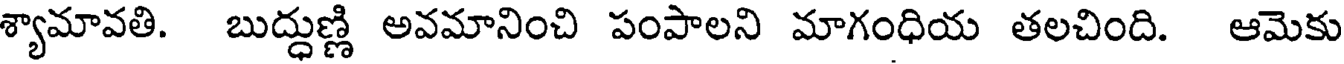
శ్యామావతి. బుద్ధుణ్ణి అవమానించి పంపాలని మాగంధియ తలచింది. ఆమెకు